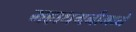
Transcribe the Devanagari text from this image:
महाधमनीमध्ये